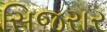
સિજરાર